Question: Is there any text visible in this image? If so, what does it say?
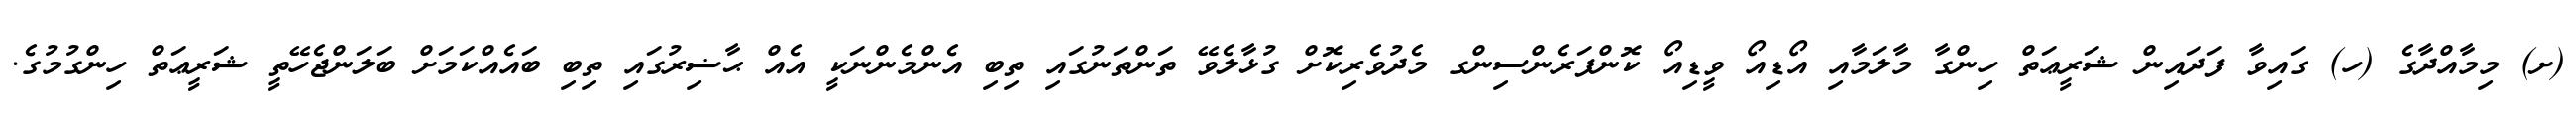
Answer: (ށ) މިމާއްދާގެ (ހ) ގައިވާ ފަދައިން ޝަރީޢަތް ހިންގާ މާލަމާއި އޯޑިއޯ ވީޑިއޯ ކޮންފަރެންސިންގ މެދުވެރިކޮށް ގުޅާލެވޭ ތަންތަނުގައި ތިބި އެންމެންނަކީ އެއް ޙާޟިރުގައި ތިބި ބައެއްކަމަށް ބަލަންޖެހޭތީ ޝަރީޢަތް ހިންގުމުގެ.